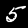
Label: 5